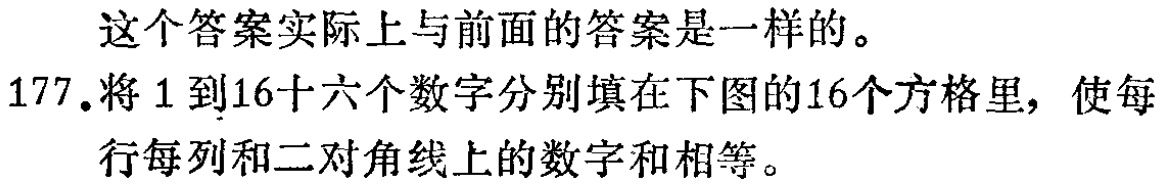
这个答案实际上与前面的答案是一样的。

177.将1到16十六个数字分别填在下图的16个方格里，使每行每列和二对角线上的数字和相等。